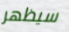
سيظهر